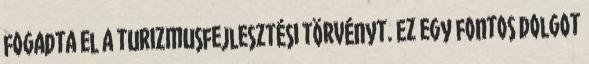
fogadta el a turizmusfejlesztési törvényt. Ez egy fontos dolgot